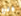
فتح